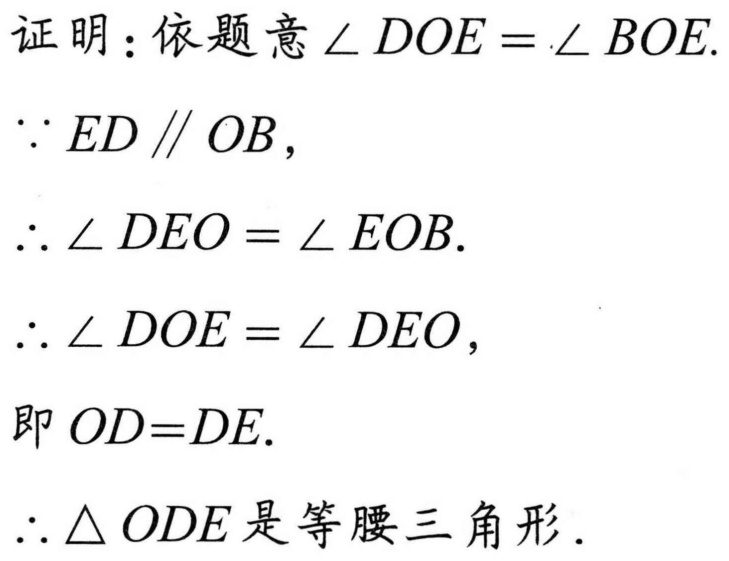
证明：依题意$\angle DOE = \angle BOE$.
$\because ED\parallel OB$，
$\therefore \angle DEO = \angle EOB$.
$\therefore \angle DOE = \angle DEO$，
即$OD = DE$.
$\therefore \triangle ODE$是等腰三角形.